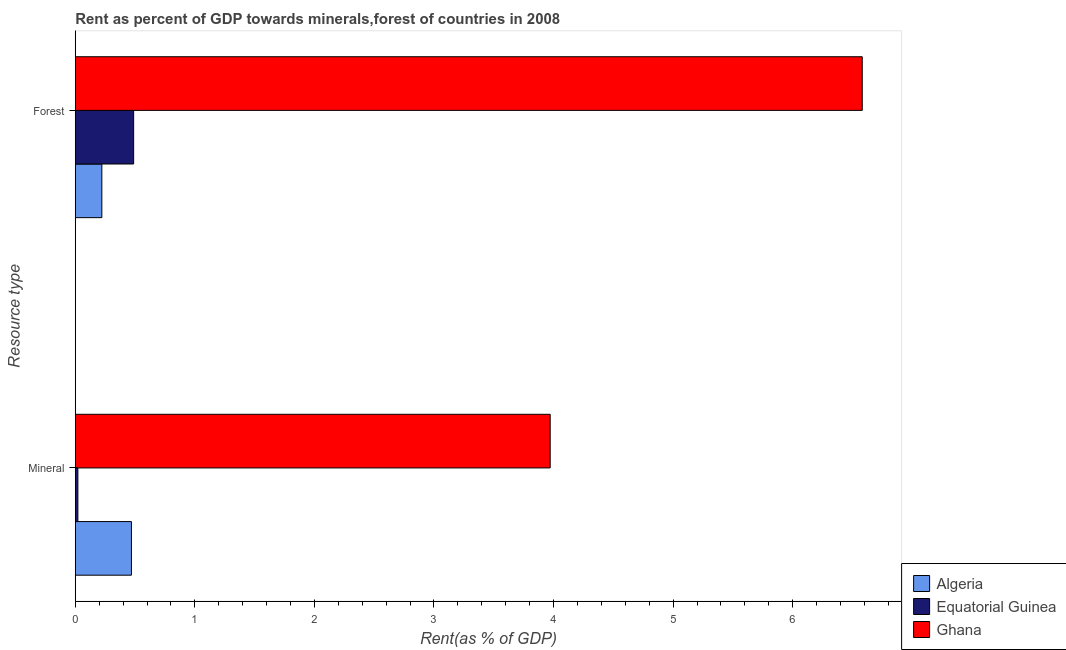
| Resource type | Algeria | Equatorial Guinea | Ghana |
 | --- | --- | --- | --- |
 | Mineral | 0.469 | 0.0215 | 3.97 |
 | Forest | 0.222 | 0.488 | 6.58 |